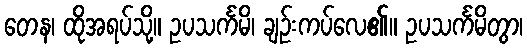
တေန၊ ထိုအရပ်သို့။ ဥပသင်္ကမိ၊ ချဉ်းကပ်လေ၏။ ဥပသင်္ကမိတွာ၊